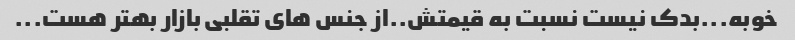
خوبه...بدک نیست نسبت به قیمتش..از جنس های تقلبی بازار بهتر هست...